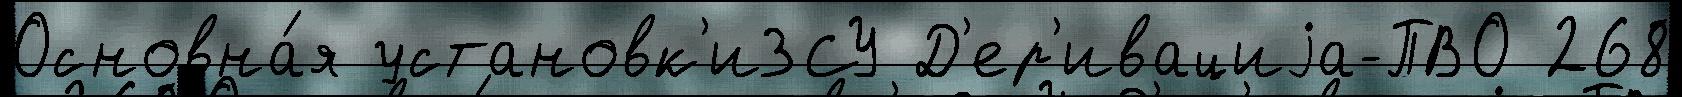
Основна́я установк'иЗСУ Д'ер'ивациjа-ПВО 268